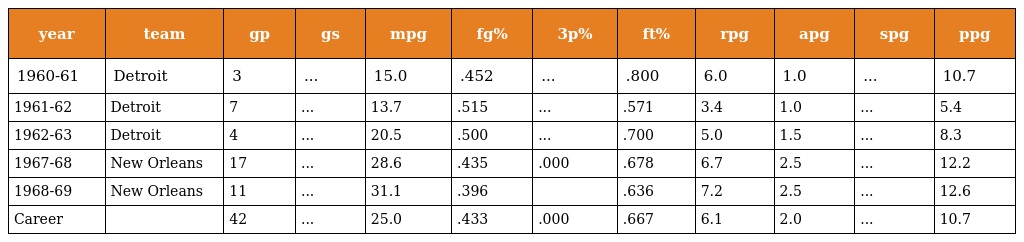
| year | team | gp | gs | mpg | fg% | 3p% | ft% | rpg | apg | spg | ppg |
 | --- | --- | --- | --- | --- | --- | --- | --- | --- | --- | --- | --- |
 | 1960-61 | Detroit | 3 | ... | 15.0 | .452 | ... | .800 | 6.0 | 1.0 | ... | 10.7 |
 | 1961-62 | Detroit | 7 | ... | 13.7 | .515 | ... | .571 | 3.4 | 1.0 | ... | 5.4 |
 | 1962-63 | Detroit | 4 | ... | 20.5 | .500 | ... | .700 | 5.0 | 1.5 | ... | 8.3 |
 | 1967-68 | New Orleans | 17 | ... | 28.6 | .435 | .000 | .678 | 6.7 | 2.5 | ... | 12.2 |
 | 1968-69 | New Orleans | 11 | ... | 31.1 | .396 |  | .636 | 7.2 | 2.5 | ... | 12.6 |
 | Career |  | 42 | ... | 25.0 | .433 | .000 | .667 | 6.1 | 2.0 | ... | 10.7 |